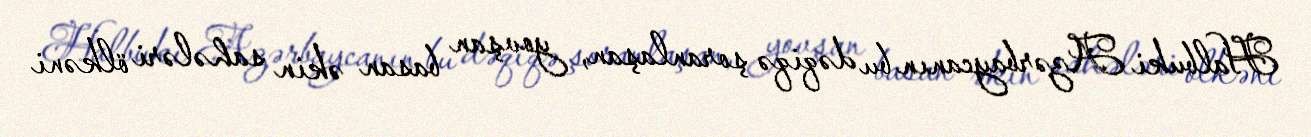
Halbuki Azərbaycanın bu dəqiqə şoranlaşan, yovşan basan əkin sahələri ölkəni